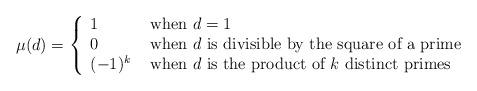
LaTeX: \begin{align*}\mu(d)=\left\{\begin{array}{ll}1&\mbox{ when $d=1$}\\0&\mbox{ when $d$ is divisible by the square of a prime}\\(-1)^k&\mbox{ when $d$ is the product of $k$ distinct primes}\end{array}\right.\end{align*}